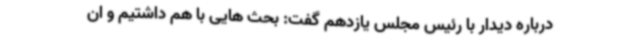
درباره دیدار با رئیس مجلس یازدهم گفت: بحث هایی با هم داشتیم و ان‌